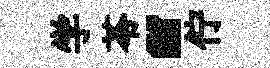
学苓“佇